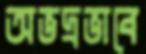
অভদ্রভাবে